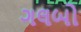
ગલબો